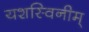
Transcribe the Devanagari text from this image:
यशस्विनीम्‌